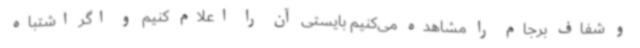
و شفاف برجام را مشاهده می‌کنیم بایستی آن را اعلام کنیم و اگر اشتباه